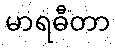
မာရဓီတာ